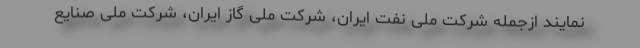
نمایند ازجمله شرکت ملی نفت ایران، شرکت ملی گاز ایران، شرکت ملی صنایع